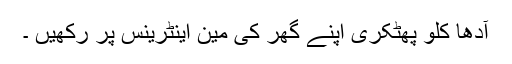
آدھا کلو پھٹکری اپنے گھر کی مین اینٹرینس پر رکھیں ۔